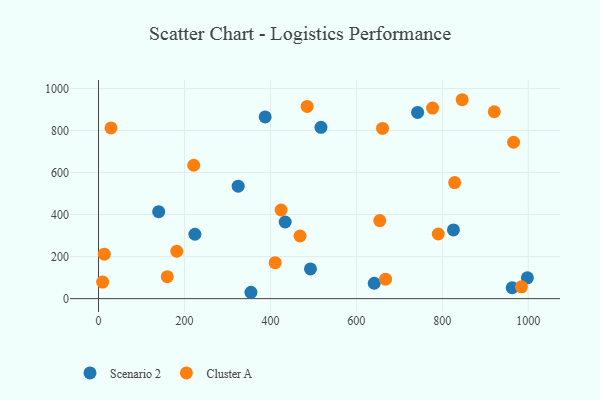
{"axis": {"x": "Distance", "y": "Fuel Efficiency"}, "legend": ["Cluster A", "Scenario 2"], "data": [{"x": "742.5", "y": 885.9, "type": "Scenario 2"}, {"x": "825.9", "y": 326.9, "type": "Scenario 2"}, {"x": "962.6", "y": 51.8, "type": "Scenario 2"}, {"x": "224.3", "y": 306.2, "type": "Scenario 2"}, {"x": "140.0", "y": 413.6, "type": "Scenario 2"}, {"x": "434.4", "y": 364.5, "type": "Scenario 2"}, {"x": "325.0", "y": 535.1, "type": "Scenario 2"}, {"x": "997.9", "y": 99.2, "type": "Scenario 2"}, {"x": "387.8", "y": 864.6, "type": "Scenario 2"}, {"x": "641.6", "y": 73.2, "type": "Scenario 2"}, {"x": "493.2", "y": 141.2, "type": "Scenario 2"}, {"x": "517.6", "y": 814.8, "type": "Scenario 2"}, {"x": "354.7", "y": 30.3, "type": "Scenario 2"}, {"x": "182.1", "y": 225.5, "type": "Cluster A"}, {"x": "660.9", "y": 809.7, "type": "Cluster A"}, {"x": "9.6", "y": 78.7, "type": "Cluster A"}, {"x": "846.2", "y": 946.2, "type": "Cluster A"}, {"x": "920.9", "y": 889.0, "type": "Cluster A"}, {"x": "424.8", "y": 421.7, "type": "Cluster A"}, {"x": "984.1", "y": 56.4, "type": "Cluster A"}, {"x": "790.6", "y": 307.5, "type": "Cluster A"}, {"x": "468.9", "y": 298.1, "type": "Cluster A"}, {"x": "29.0", "y": 812.1, "type": "Cluster A"}, {"x": "13.5", "y": 211.3, "type": "Cluster A"}, {"x": "654.4", "y": 371.5, "type": "Cluster A"}, {"x": "411.0", "y": 171.3, "type": "Cluster A"}, {"x": "667.8", "y": 92.7, "type": "Cluster A"}, {"x": "485.4", "y": 914.1, "type": "Cluster A"}, {"x": "221.5", "y": 634.5, "type": "Cluster A"}, {"x": "160.0", "y": 104.3, "type": "Cluster A"}, {"x": "828.7", "y": 552.3, "type": "Cluster A"}, {"x": "777.3", "y": 906.3, "type": "Cluster A"}, {"x": "965.7", "y": 744.0, "type": "Cluster A"}]}